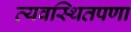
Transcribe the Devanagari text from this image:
व्यवस्थितपणा